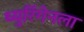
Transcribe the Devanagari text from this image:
थ्युरिंगेनला